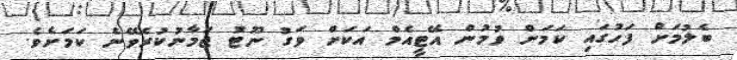
ބެލުމަށް ފަހުގައި ކަމަށް ވުމުން އޭޓީއެމް އަކަށް ވަގު ނޫޓު ޖަމާނުކުރެވޭނެ ކަމަށެވެ.